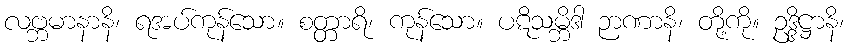
လဗ္ဘမာနာနိ၊ ရအပ်ကုန်သော။ စတ္တာရိ၊ ကုန်သော။ ပဋိသမ္ဘိဒါ ဉာဏာနိ၊ တို့ကို။ ဥဒ္ဒိဋ္ဌာနိ၊